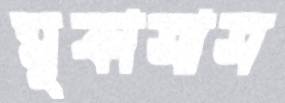
মুকাসাস